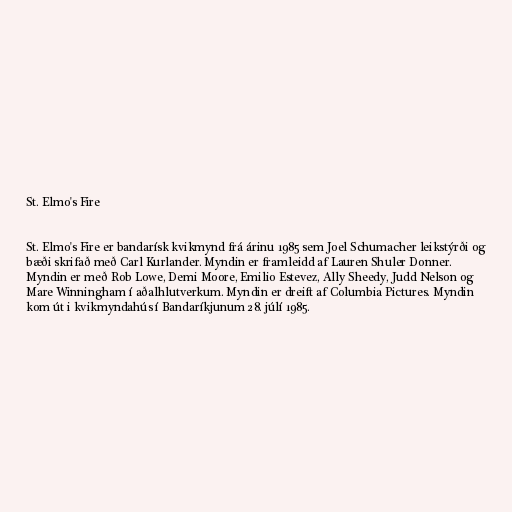
St. Elmo's Fire

St. Elmo's Fire er bandarísk kvikmynd frá árinu 1985 sem Joel Schumacher leikstýrði og
bæði skrifað með Carl Kurlander. Myndin er framleidd af Lauren Shuler Donner.
Myndin er með Rob Lowe, Demi Moore, Emilio Estevez, Ally Sheedy, Judd Nelson og
Mare Winningham í aðalhlutverkum. Myndin er dreift af Columbia Pictures. Myndin
kom út i kvikmyndahús í Bandaríkjunum 28. júlí 1985.